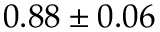
0 . 8 8 \pm 0 . 0 6